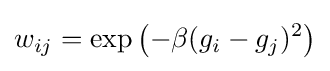
w_{ij}=\exp {\left(-\beta (g_{i}-g_{j})^{2}\right)}